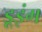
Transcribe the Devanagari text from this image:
डूइंग